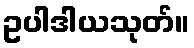
ဥပါဒါယသုတ်။